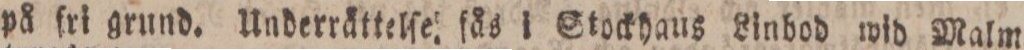
på fri grund. Underrättelſe fås i Stockhaus Linbod wid Malm=